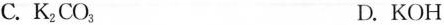
C.K_{2}CO_{3} D.KOH